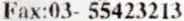
FAX:03- 55423213